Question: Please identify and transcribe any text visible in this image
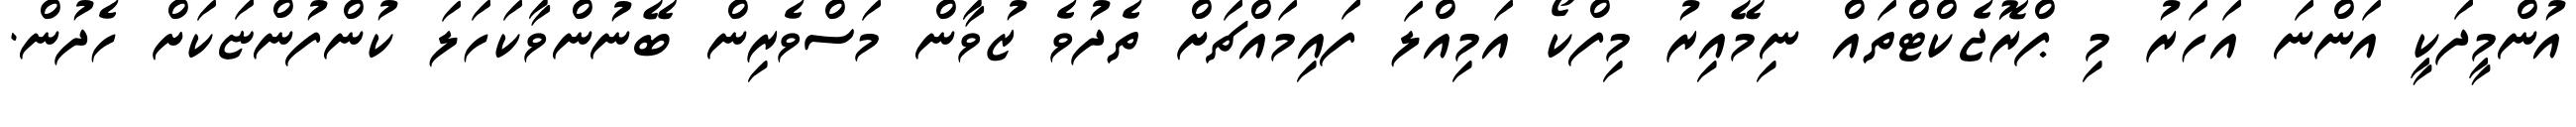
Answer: އުންމީދަކީ އަންނަ އަހަރު މި ޕްރޮޖެކްޓްތައް ނިމޭއިރު މިފްކޯ އަމިއްލަ ފައިމައްޗަށް ތެދުވެ ޒުވާން މަސްވެރިން ބޭނުންވާކަހަލަ ކުންފުންޏަކަށް ހެދުން.